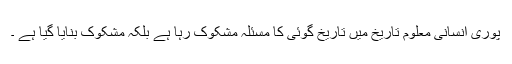
پوری انسانی معلوم تاریخ میں تاریخ گوئی کا مسئلہ مشکوک رہا ہے بلکہ مشکوک بنایا گیا ہے ۔